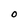
Character: O